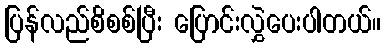
ပြန်လည်စိစစ်ပြီး ပြောင်းလွှဲပေးပါတယ်။